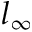
l _ { \infty }